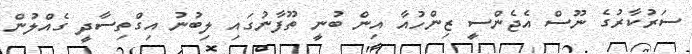
ސަރުކާރުގެ ނޫސް އެޖެންސީ ޒިންހުއާ އިން ބުނީ ތޫފާނުގައި ލިބުނު އިގްތިސާދީ ގެއްލުން